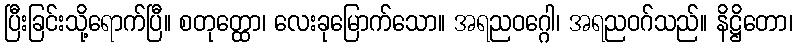
ပြီးခြင်းသို့ရောက်ပြီ။ စတုတ္ထော၊ လေးခုမြောက်သော။ အရညဝဂ္ဂေါ၊ အရညဝဂ်သည်။ နိဋ္ဌိတော၊